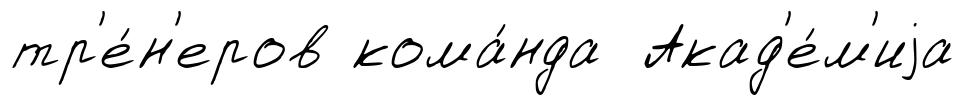
тр'е́н'еров кома́нда Акад'е́м'иjа